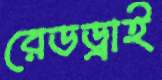
রেডড্রাই